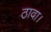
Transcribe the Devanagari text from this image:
ठावा।